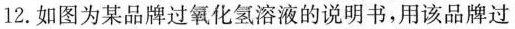
12.如图为某品牌过氧化氢溶液的说明书，用该品牌过